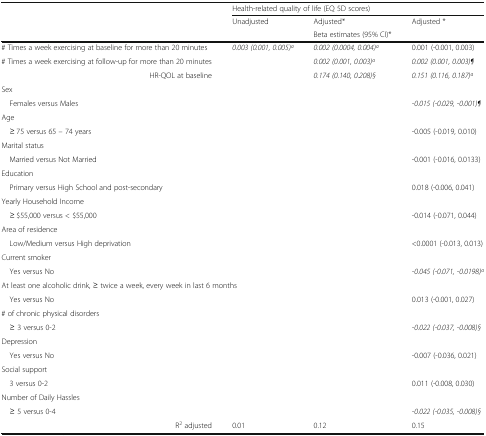
| <ROWSPAN=3>  | <COLSPAN=3> Health-related quality of life (EQ 5D scores) |
 | Unadjusted | Adjusted* | Adjusted * |
 |  | Beta estimates (95% CI)* |  |
 | --- | --- | --- | --- |
 | # Times a week exercising at baseline for more than 20 minutes | 0.003 (0.001, 0.005)a | 0.002 (0.0004, 0.004)a | 0.001 (-0.001, 0.003) |
 | # Times a week exercising at follow-up for more than 20 minutes |  | 0.002 (0.001, 0.003)a | 0.002 (0.001, 0.003)¶ |
 | HR-QOL at baseline |  | 0.174 (0.140, 0.208)§ | 0.151 (0.116, 0.187)a |
 | <COLSPAN=4> Sex |
 | Females versus Males |  |  | -0.015 (-0.029, -0.001)¶ |
 | <COLSPAN=4> Age |
 | ≥ 75 versus 65 – 74 years |  |  | -0.005 (-0.019, 0.010) |
 | <COLSPAN=4> Marital status |
 | Married versus Not Married |  |  | -0.001 (-0.016, 0.0133) |
 | <COLSPAN=4> Education |
 | Primary versus High School and post-secondary |  |  | 0.018 (-0.006, 0.041) |
 | <COLSPAN=4> Yearly Household Income |
 | ≥ $55,000 versus < $55,000 |  |  | -0.014 (-0.071, 0.044) |
 | <COLSPAN=4> Area of residence |
 | Low/Medium versus High deprivation |  |  | <0.0001 (-0.013, 0.013) |
 | <COLSPAN=4> Current smoker |
 | Yes versus No |  |  | -0.045 (-0.071, -0.0198)a |
 | <COLSPAN=4> At least one alcoholic drink, ≥ twice a week, every week in last 6 months |
 | Yes versus No |  |  | 0.013 (-0.001, 0.027) |
 | <COLSPAN=4> # of chronic physical disorders |
 | ≥ 3 versus 0-2 |  |  | -0.022 (-0.037, -0.008)§ |
 | <COLSPAN=4> Depression |
 | Yes versus No |  |  | -0.007 (-0.036, 0.021) |
 | <COLSPAN=4> Social support |
 | 3 versus 0-2 |  |  | 0.011 (-0.008, 0.030) |
 | <COLSPAN=4> Number of Daily Hassles |
 | ≥ 5 versus 0-4 |  |  | -0.022 (-0.035, -0.008)§ |
 | R2 adjusted | 0.01 | 0.12 | 0.15 |